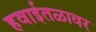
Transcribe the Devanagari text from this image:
हवाईतळावर